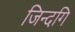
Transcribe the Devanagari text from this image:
जिन्दगि